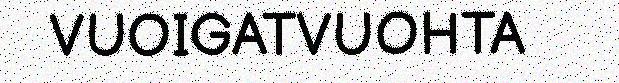
VUOIGATVUOHTA